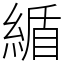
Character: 䋸